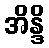
အိန္ဒိ